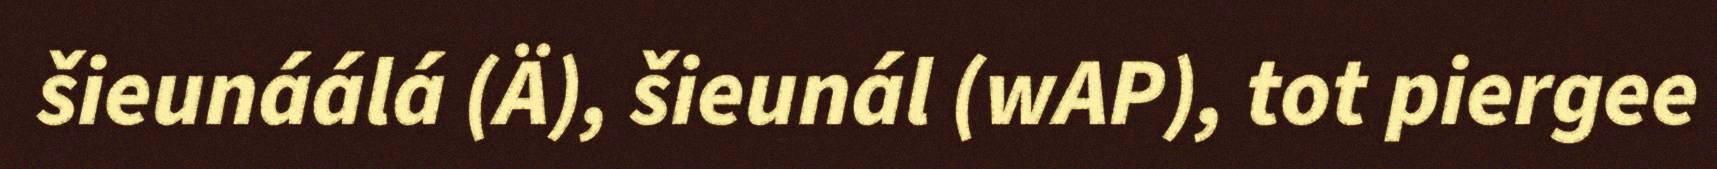
šieunáálá (Ä), šieunál (wAP), tot piergee